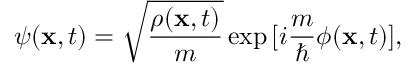
\psi ( { \bf x } , t ) = \sqrt { \frac { \rho ( { \bf x } , t ) } { m } } \exp { [ i \frac { m } { \hbar } \phi ( { \bf x } , t ) ] } ,